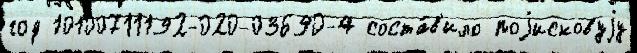
год 10100711192-020-03690-4 соста́в'ило поjисковуjу